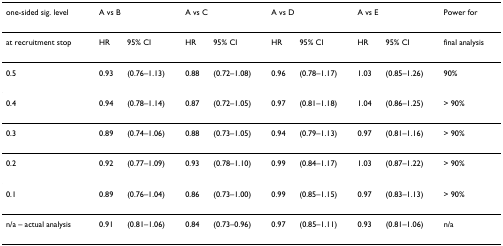
<table><thead><tr><td><b>one-sided sig. level</b></td><td colspan="2"><b>A vs B</b></td><td colspan="2"><b>A vs C</b></td><td colspan="2"><b>A vs D</b></td><td colspan="2"><b>A vs E</b></td><td><b>Power for</b></td></tr></thead><tbody><tr><td>at recruitment stop</td><td>HR</td><td>95% CI</td><td>HR</td><td>95% CI</td><td>HR</td><td>95% CI</td><td>HR</td><td>95% CI</td><td>final analysis</td></tr><tr><td>0.5</td><td>0.93</td><td>(0.76–1.13)</td><td>0.88</td><td>(0.72–1.08)</td><td>0.96</td><td>(0.78–1.17)</td><td>1.03</td><td>(0.85–1.26)</td><td>90%</td></tr><tr><td>0.4</td><td>0.94</td><td>(0.78–1.14)</td><td>0.87</td><td>(0.72–1.05)</td><td>0.97</td><td>(0.81–1.18)</td><td>1.04</td><td>(0.86–1.25)</td><td>&gt; 90%</td></tr><tr><td>0.3</td><td>0.89</td><td>(0.74–1.06)</td><td>0.88</td><td>(0.73–1.05)</td><td>0.94</td><td>(0.79–1.13)</td><td>0.97</td><td>(0.81–1.16)</td><td>&gt; 90%</td></tr><tr><td>0.2</td><td>0.92</td><td>(0.77–1.09)</td><td>0.93</td><td>(0.78–1.10)</td><td>0.99</td><td>(0.84–1.17)</td><td>1.03</td><td>(0.87–1.22)</td><td>&gt; 90%</td></tr><tr><td>0.1</td><td>0.89</td><td>(0.76–1.04)</td><td>0.86</td><td>(0.73–1.00)</td><td>0.99</td><td>(0.85–1.15)</td><td>0.97</td><td>(0.83–1.13)</td><td>&gt; 90%</td></tr><tr><td>n/a – actual analysis</td><td>0.91</td><td>(0.81–1.06)</td><td>0.84</td><td>(0.73–0.96)</td><td>0.97</td><td>(0.85–1.11)</td><td>0.93</td><td>(0.81–1.06)</td><td>n/a</td></tr></tbody></table>